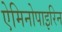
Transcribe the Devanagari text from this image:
ऐमिनोपाइरिन